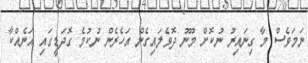
ނަމަވެސް މާ ގިނައިރު ނުކޮށް މޫނު ދޮވެލައިގެން އަހެރެން ނުކުމެ ގޮދަޑީގައި އަނެއްކާ